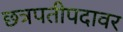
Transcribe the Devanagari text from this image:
छत्रपतीपदावर